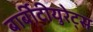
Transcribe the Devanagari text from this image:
बार्बीटीयुरेट्स